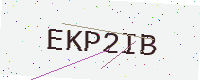
Text: EKP2IB